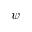
\psi